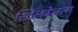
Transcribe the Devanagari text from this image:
स्टिलवेलला